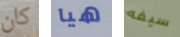
كان هيا سيفه